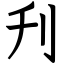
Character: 刋